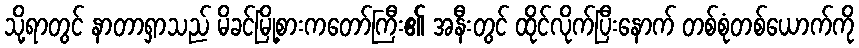
သို့ရာတွင် နာတာရှာသည် မိခင်မြို့စားကတော်ကြီး၏ အနီးတွင် ထိုင်လိုက်ပြီးနောက် တစ်စုံတစ်ယောက်ကို